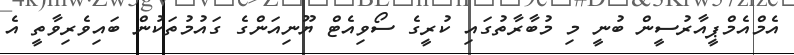
އެމްއެމްޕީއާރުސީން ބުނީ މި މުބާރާތުގައި ކުރީގެ ސޯވިއެޓް ޔޫނިއަންގެ ގައުމުތަކުން ބައިވެރިވާތީ އެ